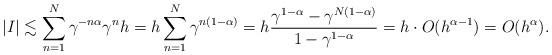
LaTeX: \begin{align*}|I|\lesssim \sum_{n=1}^N \gamma^{-n\alpha}\gamma^n h=h\sum_{n=1}^N\gamma^{n(1-\alpha)}=h\frac{\gamma^{1-\alpha}-\gamma^{N(1-\alpha)}}{1-\gamma^{1-\alpha}}=h\cdot O(h^{\alpha-1})=O(h^\alpha).\end{align*}